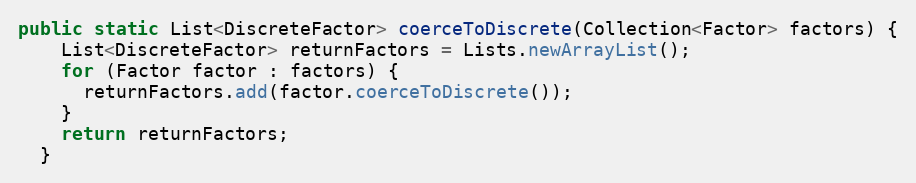
Language: Java
public static List<DiscreteFactor> coerceToDiscrete(Collection<Factor> factors) {
    List<DiscreteFactor> returnFactors = Lists.newArrayList();
    for (Factor factor : factors) {
      returnFactors.add(factor.coerceToDiscrete());
    }
    return returnFactors;
  }